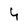
Character: 4